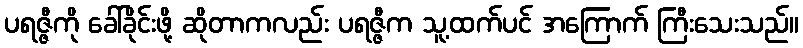
ပရဇ္ဇီကို ခေါ်ခိုင်းဖို့ ဆိုတာကလည်း ပရဇ္ဇီက သူ့ထက်ပင် အကြောက် ကြီးသေးသည်။